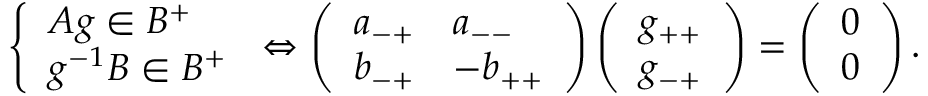
\left\{ \begin{array} { l } { A g \in B ^ { + } } \\ { g ^ { - 1 } B \in B ^ { + } } \end{array} \right. \Leftrightarrow \left( \begin{array} { l l } { a _ { - + } } & { a _ { -- } } \\ { b _ { - + } } & { - b _ { + + } } \end{array} \right) \left( \begin{array} { l } { g _ { + + } } \\ { g _ { - + } } \end{array} \right) = \left( \begin{array} { l } { 0 } \\ { 0 } \end{array} \right) .